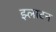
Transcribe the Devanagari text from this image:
झ्लाटन